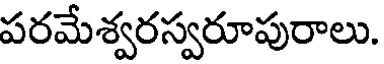
పరమేశ్వరస్వరూపురాలు.